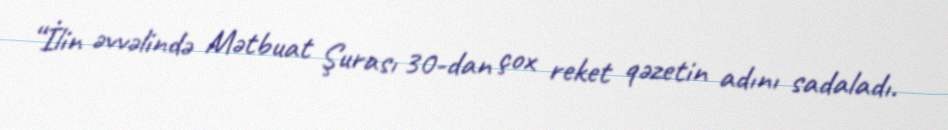
“İlin əvvəlində Mətbuat Şurası 30-dan çox reket qəzetin adını sadaladı.